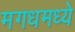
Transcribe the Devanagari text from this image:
मगधमध्ये